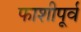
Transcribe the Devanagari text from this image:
फाशीपूर्व